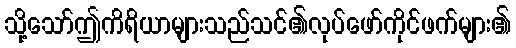
သို့သော်ဤကိရိယာများသည်သင်၏လုပ်ဖော်ကိုင်ဖက်များ၏